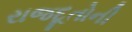
રાજદૂતોની